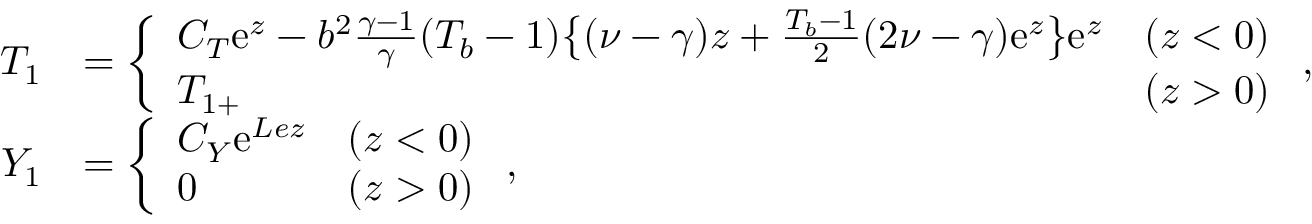
\begin{array} { r l } { { T } _ { 1 } } & { = \left\{ \begin{array} { l l l } { C _ { T } \mathrm { e } ^ { z } - b ^ { 2 } \frac { \gamma - 1 } { \gamma } ( T _ { b } - 1 ) \big \{ ( \nu - \gamma ) z + \frac { T _ { b } - 1 } { 2 } ( 2 \nu - \gamma ) \mathrm { e } ^ { z } \big \} \mathrm { e } ^ { z } } & { ( z < 0 ) } \\ { { T } _ { 1 + } } & { ( z > 0 ) } \end{array} \right. , } \\ { { Y } _ { 1 } } & { = \left\{ \begin{array} { l l l } { C _ { Y } \mathrm { e } ^ { L e z } } & { ( z < 0 ) } \\ { 0 } & { ( z > 0 ) } \end{array} \right. , } \end{array}